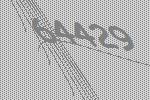
64429